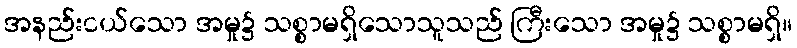
အနည်းငယ်သော အမှု၌ သစ္စာမရှိသောသူသည် ကြီးသော အမှု၌ သစ္စာမရှိ။